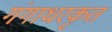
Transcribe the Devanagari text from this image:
गंगाधरकृत